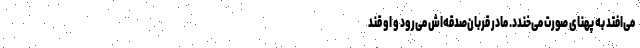
می‌افتد به پهنای صورت می‌خندد. مادر قربان‌صدقه‌اش می‌رود و او قند